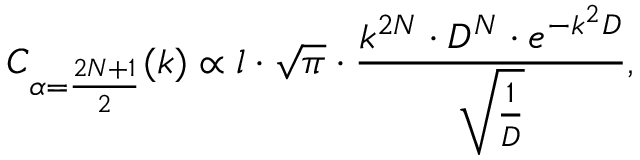
C _ { \alpha = \frac { 2 N + 1 } { 2 } } ( k ) \propto l \cdot \sqrt { \pi } \cdot \frac { k ^ { 2 N } \cdot D ^ { N } \cdot e ^ { - k ^ { 2 } D } } { \sqrt { \frac { 1 } { D } } } ,